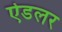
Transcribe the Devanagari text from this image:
ऐडलर